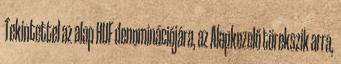
Tekintettel az alap HUF denominációjára, az Alapkezelő törekszik arra,